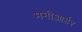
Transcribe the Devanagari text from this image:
मनीआर्डर